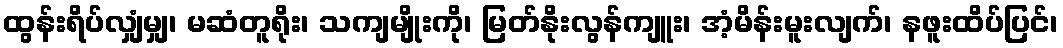
ထွန်းရိပ်လျှံမျှ၊ မဆံတူရိုး၊ သကျမျိုးကို၊ မြတ်နိုးလွန်ကျူး၊ အံ့မိန်းမူးလျက်၊ နဖူးထိပ်ပြင်၊